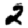
Digit: 2